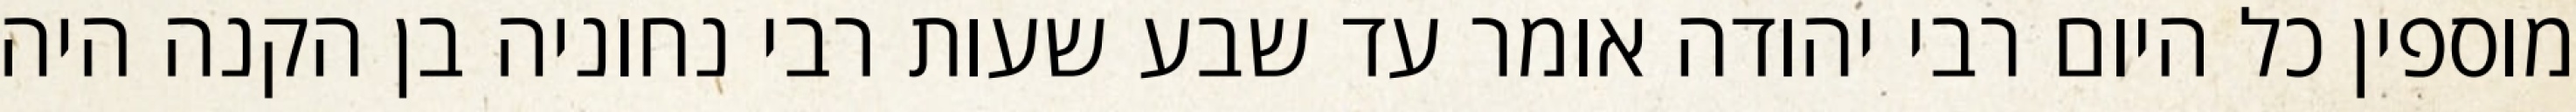
מוספין כל היום רבי יהודה אומר עד שבע שעות רבי נחוניה בן הקנה היה